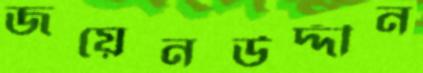
জয়েনউদ্দীন